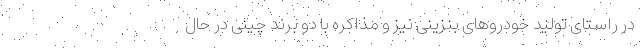
در راستای تولید خودروهای بنزینی نیز و مذاکره با دو برند چینی در حال